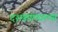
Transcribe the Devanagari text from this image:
दशकांमधल्या